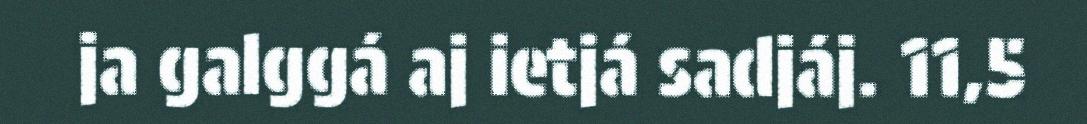
ja galggá aj ietjá sadjáj. 11,5